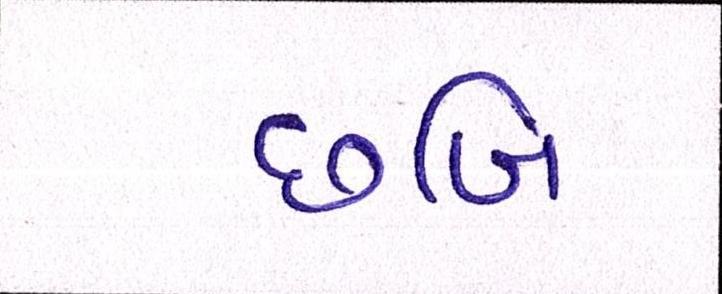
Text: છબિ